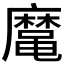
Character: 𱌈